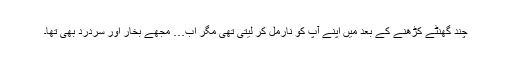
چند گھنٹے کڑھنے کے بعد میں اپنے آپ کو نارمل کر لیتی تھی مگر اب… مجھے بخار اور سردرد بھی تھا۔